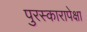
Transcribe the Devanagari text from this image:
पुरस्कारापेक्षा